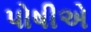
પોષીએ